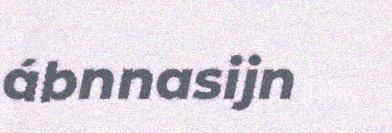
ábnnasijn